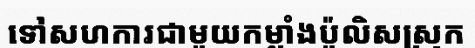
ទៅសហការជាមួយកម្លាំងប៉ូលិសស្រុក